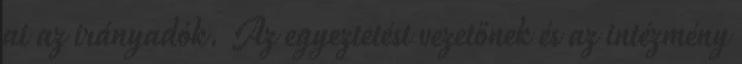
ai az irányadók. Az egyeztetést vezetőnek és az intézmény